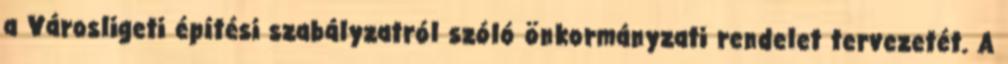
a Városligeti építési szabályzatról szóló önkormányzati rendelet tervezetét. A